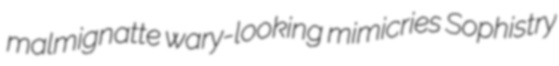
malmignatte wary-looking mimicries Sophistry